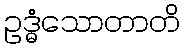
ဥဒ္ဓံသောတာတိ